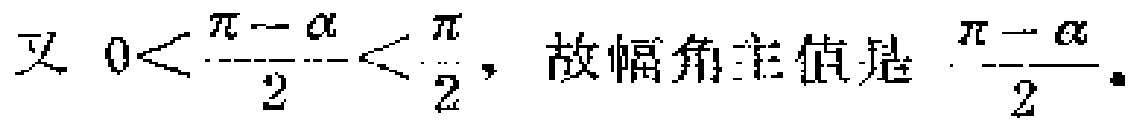
又 \(0<\frac{\pi - \alpha}{2}<\frac{\pi}{2}\)，故幅角主值是 \(\frac{\pi - \alpha}{2}\)。